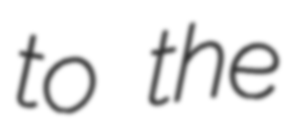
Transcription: to the